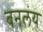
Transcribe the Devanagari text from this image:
बनलंय